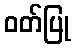
ဝတ်ပြု